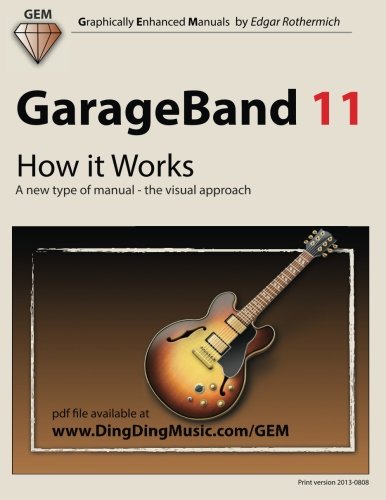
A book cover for GarageBand 11 - How it Works: A new type of manual - the visual approach (Graphically Enhanced Manuals); Edgar Rothermich; Computers & Technology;